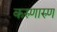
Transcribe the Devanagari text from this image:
करुणारुण